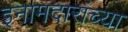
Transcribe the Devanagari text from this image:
इनामदारांच्या